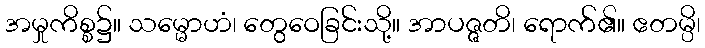
အမှုကိစ္စ၌။ သမ္မောဟံ၊ တွေဝေခြင်းသို့။ အာပဇ္ဇတိ၊ ရောက်၏။ ဧတမ္ပိ၊